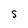
Character: S